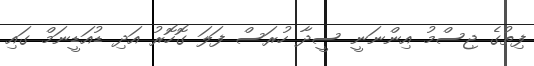
ފިތުގެ ޖިސްމު އިންނަނީ ސީދާ ހުރަސް ފަލަ ގޮހޮރު އަދި ޑުއަޑީނަމް ގައި